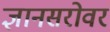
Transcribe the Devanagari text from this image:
ज्ञानसरोवर